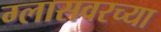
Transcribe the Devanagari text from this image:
ग्लासवरच्या